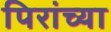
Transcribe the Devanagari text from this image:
पिरांच्या